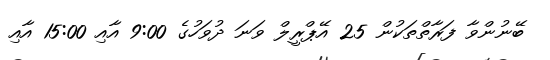
ބޭނުންވާ ފަރާތްތަކުން 25 އޭޕްރީލް ވަނަ ދުވަހުގެ 9:00 އާއި 15:00 އާއި